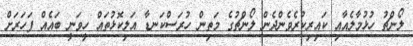
ލޯންޗު ހުޅުމާލެއާއި ކައިރިކުރެވެންދެން ލޯންޗުގެ މަތިން ހުރަސްކަނޑާ އަލިކޮޅުތައް ހީވަނީ ބައެއް ފަހަރަށް